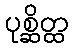
ပုစ္ဆိတ္ထ